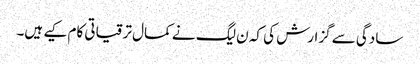
سادگی سے گزارش کی کہ ن لیگ نے کمال ترقیاتی کام کیے ہیں۔